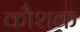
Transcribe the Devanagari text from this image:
कौशक